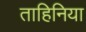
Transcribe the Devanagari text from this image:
ताहिनिया